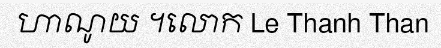
ហាណូយ ។លោក Le Thanh Than